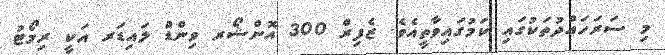
މި ސަރަހައްދުތަކުގައި ކަމުގައިވާތީއެވެ. ޒެފިރް 300 އޮންޝޯރ ވިންޑް ލައިޑަރ އަކީ ރިމޯޓު